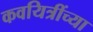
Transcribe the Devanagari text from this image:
कवयित्रींच्या